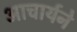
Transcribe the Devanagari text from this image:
आचार्यने